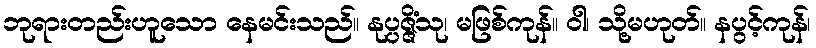
ဘုရားတည်းဟူသော နေမင်းသည်။ နုပ္ပဇ္ဇိံသု၊ မဖြစ်ကုန်။ ဝါ၊ သို့မဟုတ်။ နပွင့်ကုန်၊